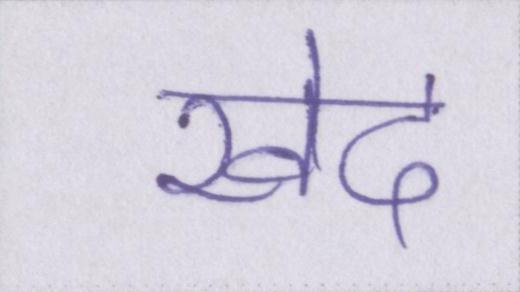
खेद